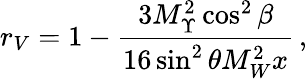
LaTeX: r_{V}=1-\frac{3M_{\Upsilon}^{2}\cos^{2}\beta}{16\sin^{2}\theta M_{W}^{2}x}\, ,